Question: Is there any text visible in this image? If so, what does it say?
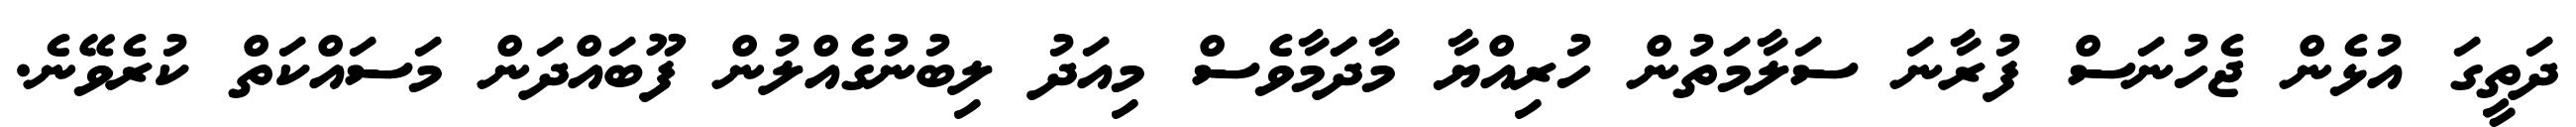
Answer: ދަތީގަ އުޅެން ޖެހުނަސް ފުރާނަ ސަލާމަތުން ހުރިއްޔާ މާދަަމާވެސް މިއަދު ލިބުނުގެއްލުން ފޫބައްދަން މަސައްކަތް ކުރެވޭނެ.